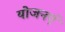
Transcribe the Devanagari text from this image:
योजनएं